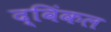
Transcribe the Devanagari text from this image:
द्विंकल